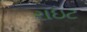
રાઇટ